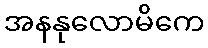
အနနုလောမိကေ